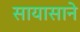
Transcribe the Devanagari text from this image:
सायासाने